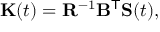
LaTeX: \mathbf { K } ( t ) = \mathbf { R } ^ { - 1 } \mathbf { B } ^ { \mathsf { T } } \mathbf { S } ( t ) ,